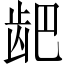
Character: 𫜨